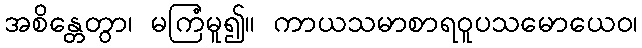
အစိန္တေတွာ၊ မကြံမူ၍။ ကာယသမာစာရဝူပသမောယေဝ၊